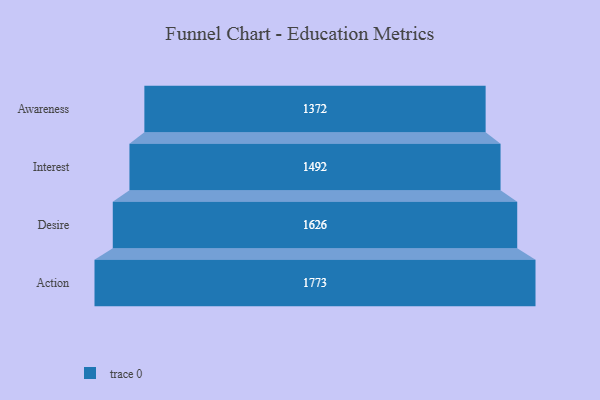
{"axis": {"x": "Stage", "y": "Value"}, "legend": [""], "data": [{"x": "Awareness", "y": 1372.0, "type": ""}, {"x": "Interest", "y": 1492.0, "type": ""}, {"x": "Desire", "y": 1626.0, "type": ""}, {"x": "Action", "y": 1773.0, "type": ""}]}